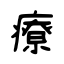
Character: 療